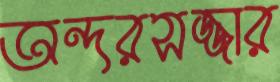
অন্দরসজ্জার